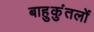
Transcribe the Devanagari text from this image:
बाहुकुंतलों